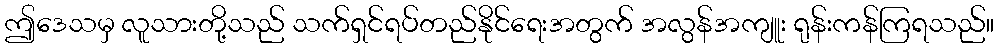
ဤဒေသမှ လူသားတို့သည် သက်ရှင်ရပ်တည်နိုင်ရေးအတွက် အလွန်အကျူး ရုန်းကန်ကြရသည်။